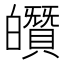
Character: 𤾶